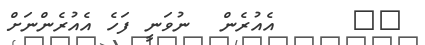
٢٠     އެއުރެން  ނުވަނީ ފަހެ އެއުރެންނަށް